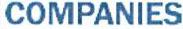
COMPANIES